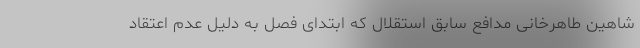
شاهین طاهرخانی مدافع سابق استقلال که ابتدای فصل به دلیل عدم اعتقاد